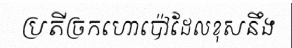
ប្រតីច្រកហោប៉ៅដែលខុសនឹង